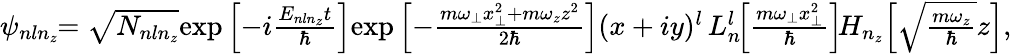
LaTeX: \begin{array}{r}{\psi_{nln_{z}}\! \! =\sqrt{N_{nln_{z}}}\! \exp\left[-i\frac{E_{nln_{z}}t}{\hbar}\right]\! \exp\left[-\frac{m\omega_{\perp}x_{\perp}^{2}+m\omega_{z}z^{2}}{2\hbar}\right](x+iy)^{l}\, L_{n}^{l}\! \! \left[\frac{m\omega_{\perp}x_{\perp}^{2}}{\hbar}\right]\! H_{n_{z}}\! \left[\sqrt{\frac{m\omega_{z}}{\hbar}}z\right],}\end{array}